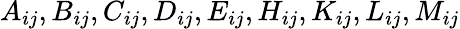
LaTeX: A_{ij},B_{ij},C_{ij},D_{ij},E_{ij},H_{ij},K_{ij},L_{ij},M_{ij}